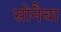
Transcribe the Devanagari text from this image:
सोनैचा